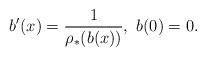
LaTeX: \begin{align*} b'(x)= \frac{1}{\rho_*(b(x))}, \ b(0)=0.\end{align*}